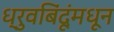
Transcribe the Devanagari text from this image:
ध्रुवबिंदूंमधून